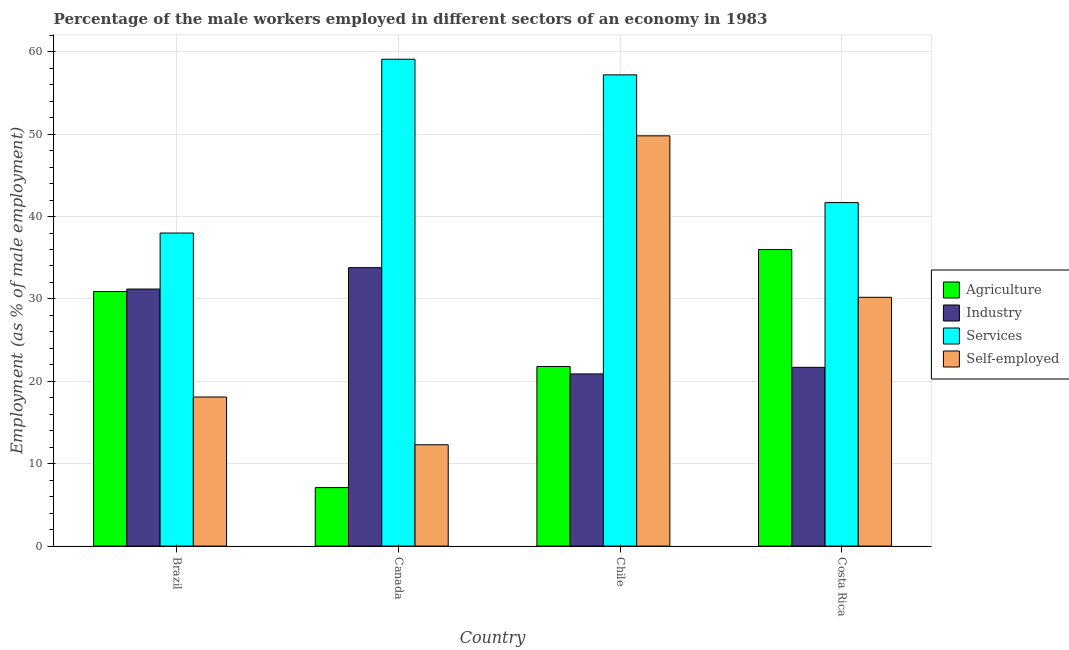
| Country | Agriculture | Industry | Services | Self-employed |
 | --- | --- | --- | --- | --- |
 | Brazil | 30.9 | 31.2 | 38 | 18.1 |
 | Canada | 7.1 | 33.8 | 59.1 | 12.3 |
 | Chile | 21.8 | 20.9 | 57.2 | 49.8 |
 | Costa Rica | 36 | 21.7 | 41.7 | 30.2 |